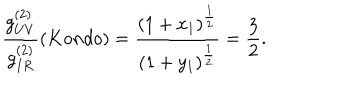
LaTeX: \frac { g _ { U V } ^ { ( 2 ) } } { g _ { I R } ^ { ( 2 ) } } \left( K o n d o \right) = \frac { \left( 1 + x _ { 1 } \right) ^ { \frac { 1 } { 2 } } } { ( 1 + y _ { 1 } ) ^ { \frac { 1 } { 2 } } } = \frac { 3 } { 2 } .